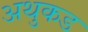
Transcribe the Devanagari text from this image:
अथुकड